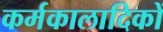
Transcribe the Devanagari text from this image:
कर्मकालादिकों